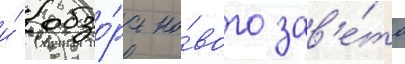
и́ обзо́ра но́вого зав'е́та